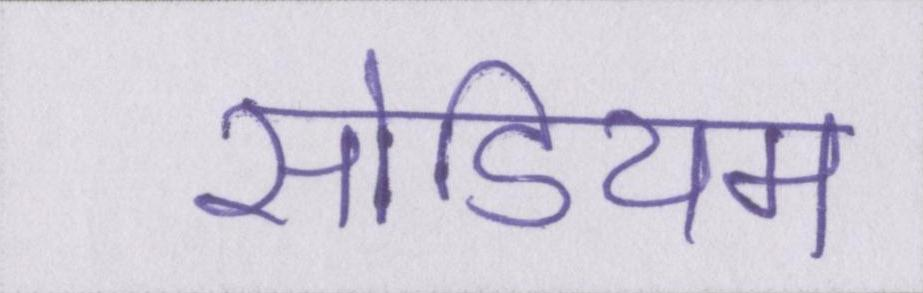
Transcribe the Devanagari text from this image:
सोडियम